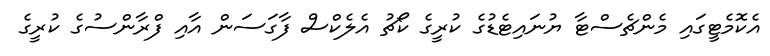
އެކޮމެޓީގައި މެންޗެސްޓާ ޔުނައިޓެޑުގެ ކުރީގެ ކޯޗު އެލެކްސް ފާގަސަން އާއި ފްރާންސުގެ ކުރީގެ